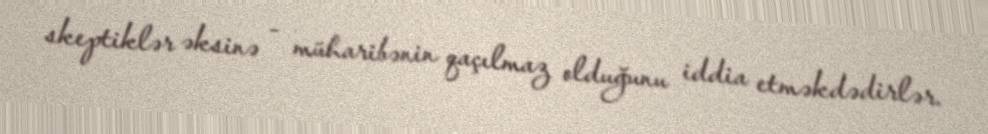
skeptiklər əksinə - müharibənin qaçılmaz olduğunu iddia etməkdədirlər.